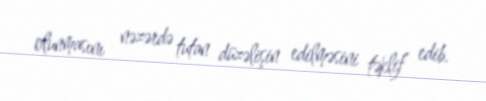
olunmasını nəzərdə tutan düzəlişin edilməsini təklif edib.